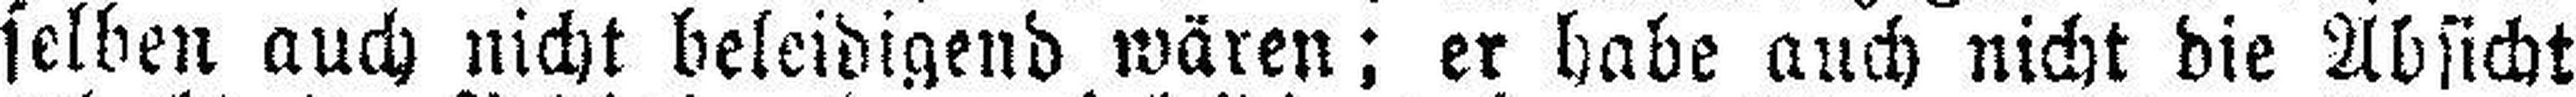
selben auch nicht beleidigend wären; er habe auch nicht die Absicht